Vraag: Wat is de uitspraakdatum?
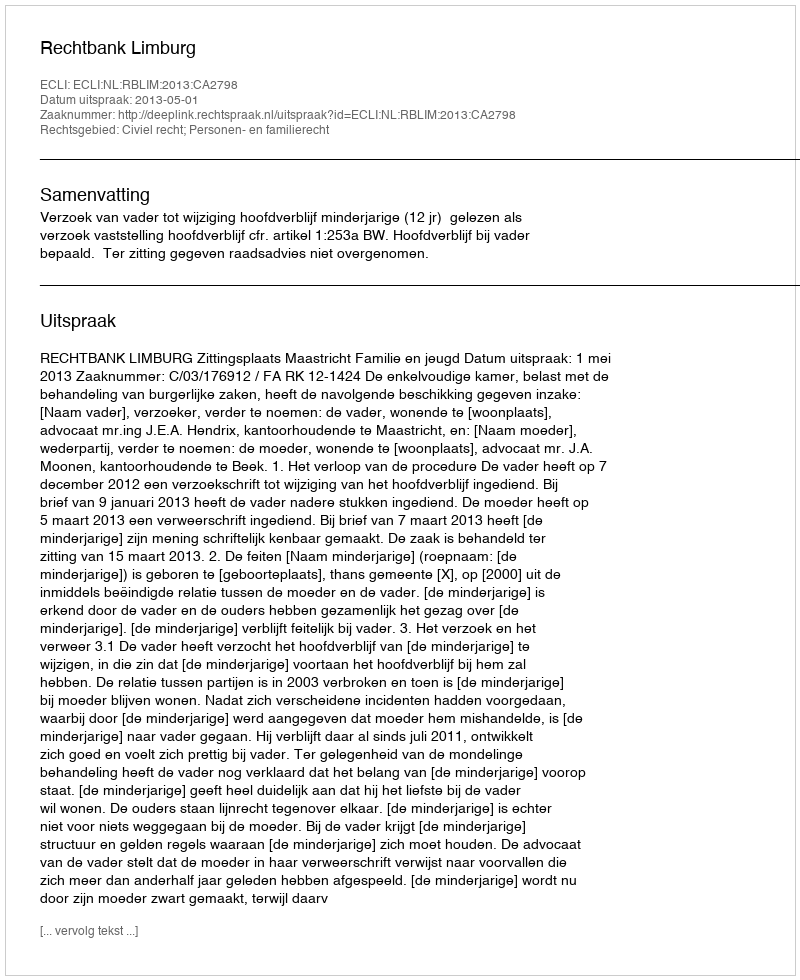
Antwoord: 2013-05-01